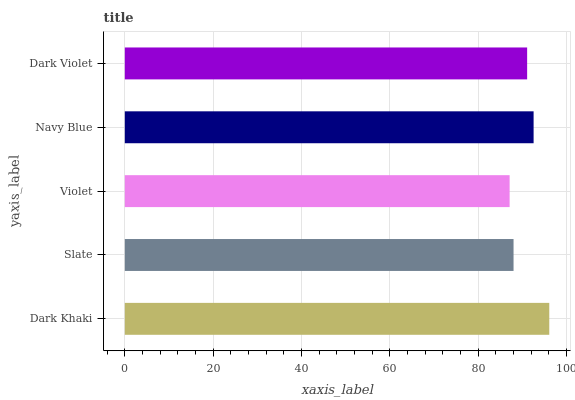
| yaxis_label | bars |
 | --- | --- |
 | Dark Khaki | 96.1 |
 | Slate | 88 |
 | Violet | 87.1 |
 | Navy Blue | 92.6 |
 | Dark Violet | 91.1 |